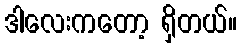
ဒါလေးကတော့ ရှိတယ်။